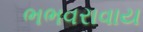
ભભવરાવાય